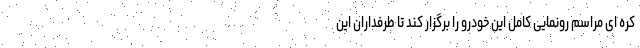
کره ای مراسم رونمایی کامل این خودرو را برگزار کند تا طرفداران این